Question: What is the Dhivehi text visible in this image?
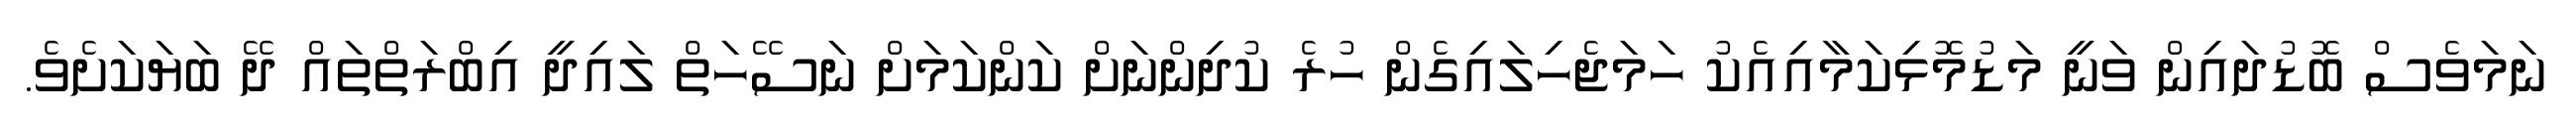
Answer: ނަމަވެސް ބޮޑުދައިން ވަނީ މަޑުމޮޅިކަމާއިއެކު ހަމަޖެހިލައިގެން ހުރެ ކުދިންނަށް ކަންކަމަށް ނަސޭހަތް ލައިދީ އިބްރަތްތައް ދޭ ބަޔަކަށެވެ.